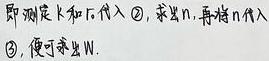
即测定$k$和$r$代入\textcircled{2}，求出$n$，再将$n$代入\textcircled{3}，便可求出$W$.